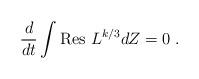
LaTeX: \begin{align*}\frac{d}{dt} \int \mbox{Res } L^{k/3} d Z =0 \; .\end{align*}